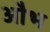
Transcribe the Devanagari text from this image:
औभ